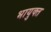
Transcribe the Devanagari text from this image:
भायुक्त